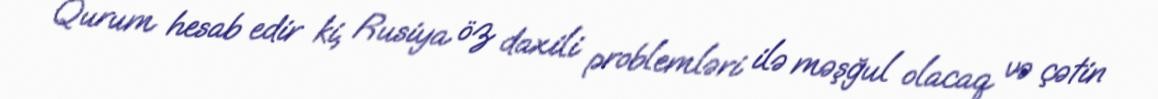
Qurum hesab edir ki, Rusiya öz daxili problemləri ilə məşğul olacaq və çətin